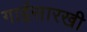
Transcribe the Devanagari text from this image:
गाईसारखी